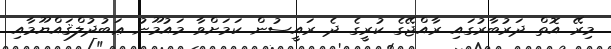
މިރޭ އޮތް ދަރުބާރުގައި ރާއްޖޭގެ ކުރީގެ ދެ ރައީސުން ކަމަށްވާ މައުމޫނު ޢަބުދުލްޤައްޔޫމާއި